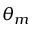
\theta _ { m }